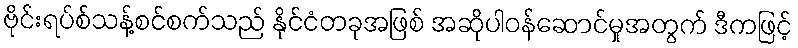
ဗိုင်းရပ်စ်သန့်စင်စက်သည် နိုင်ငံတခုအဖြစ် အဆိုပါဝန်ဆောင်မှုအတွက် ဒီကဖြင့်